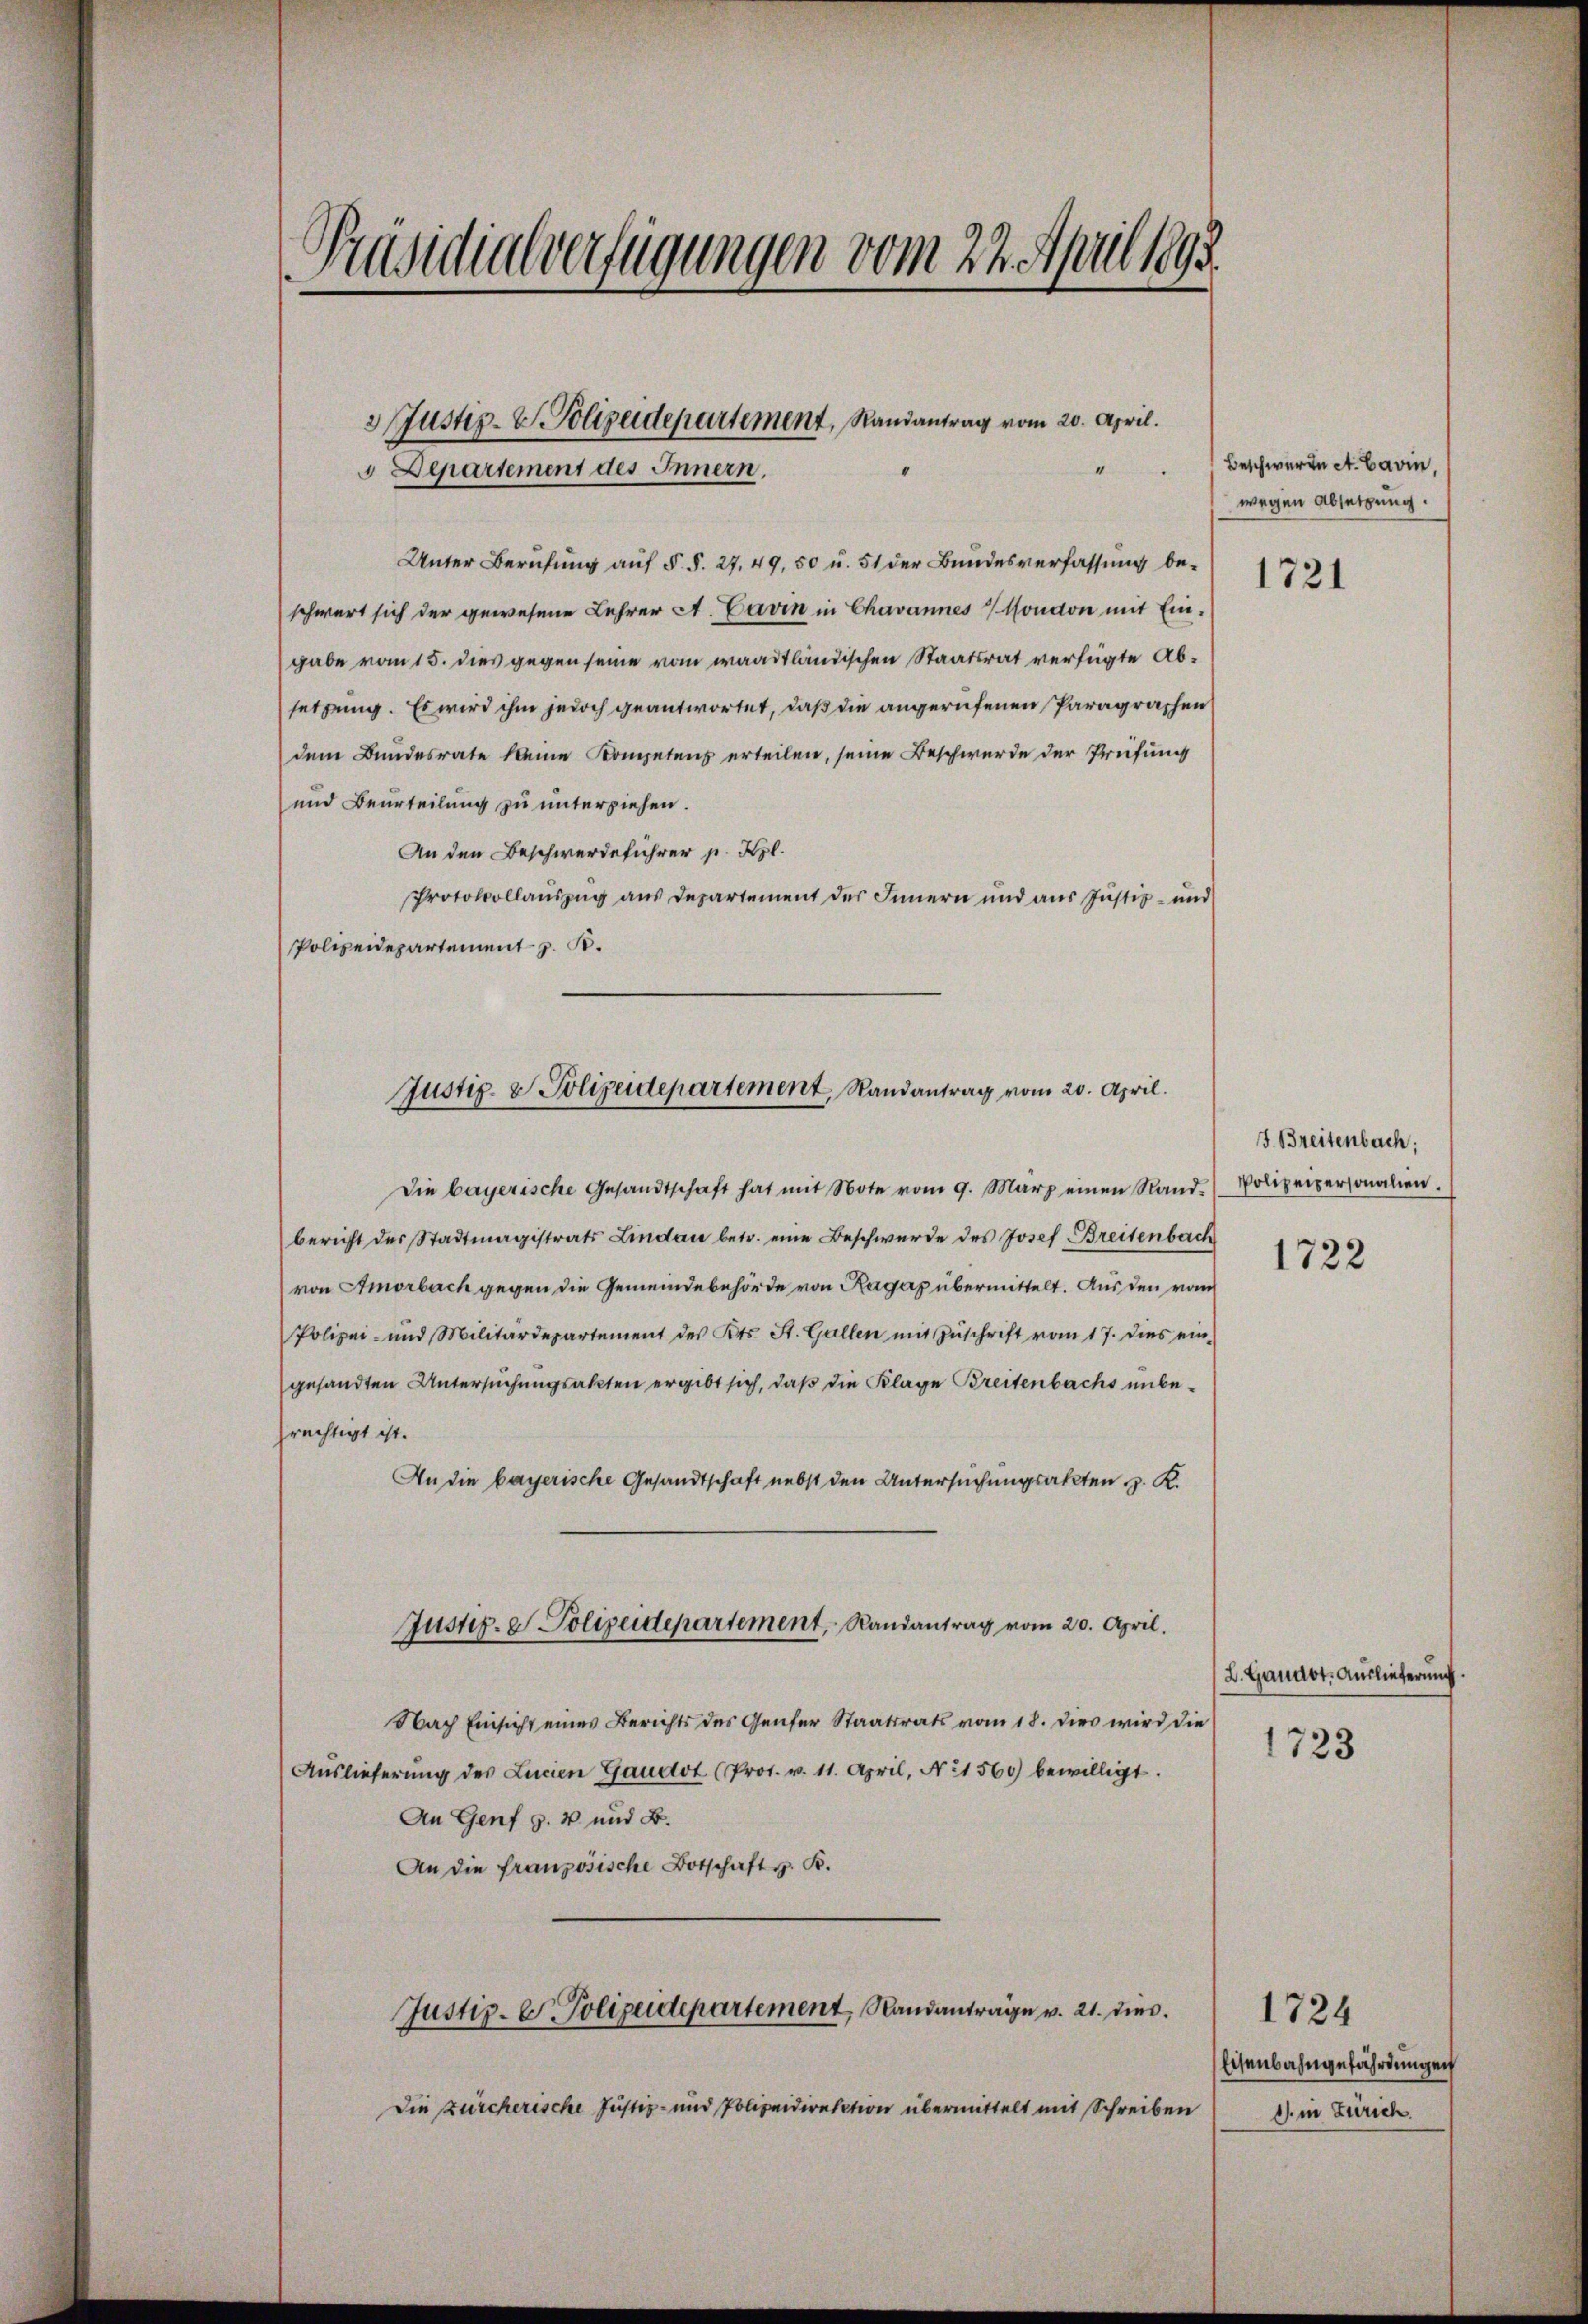
Präsidialverfügungen vom 22. April 1895.

3 Justiz- V. Polizeidepartement, Randantrag vom 20. April.
“
“
" Departement des Innern.

Unter Berufung auf §. §. 27, 49, 50 u. 51 der Bundesverfassung beschwert sich der gewesene Lehrer A. Davin in Chavannes Mondon mit Ein-
gabe vom 15. dies gegen seine vom waadtländischen Staatsrat verfügte Absetzung. Es wird ihm jedoch geantwortet, daß die angerufenen Paragraphen
dem Bundesrate keine Kompetenz erteilen, seine Beschwerde der Prüfung
und Beurteilung zu unterziehen.
An den Beschwerdeführer p. Kgl.
Protokollauszug aus Departement des Innern und aus Justiz- und
Polizeidepartement z. B.
Die bayerische Gesandtschaft hat mit Note vom 9. März einen Rand-
bericht der Stadtmagistrats Lindau betr. eine Beschwerde des Josef Breitenbach
von Amorbach gegen die Gemeindebehörde von Ragaz übermittelt. Aus den vom
Polizei- und Militärdepartement des Kts. St. Gallen mit Zŭschrift vom 17. dies ein
gesandten Untersuchungsakten ergibt sich, daß die Klage Breitenbachs unberechtigt ist.
An die bayerische Gesandtschaft nebst den Untersuchungsakten z. K.
Justiz- & Polizeidepartement, Randantrag vom 20. April.
Nach Einsicht eines Berichts des Genfer Staatsrats vom 18. Dies wird die
Auslieferŭng des Lucien Gaudot (Prot. v. 11. April, No 1560 bewilligt.
An Genf s. 4 und B.
An die französische Botschaft z. K.

Justiz- & Polizeidepartement, Randantrag vom 20. April.

Justiz- E. Polizeidepartement, Randantrage v. 21. dies

Die Zürcherische Justiz- und Polizeidirection übermittelt mit Schreiben

Beschweren A. Cavin,
wegen Absetzung.

1721

5 Breitenbach;
Polizeipersonalien.

1722

L. Gandot. Auslieferung.
1723

1724
Eisenbahngefährdungen
d. in Zürich.